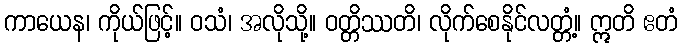
ကာယေန၊ ကိုယ်ဖြင့်။ ဝသံ၊ အလိုသို့။ ဝတ္တိဿတိ၊ လိုက်စေနိုင်လတ္တံ့။ ဣတိ ဧတံ